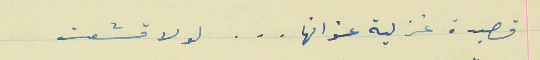
قصيدة غزلية عنوانها . . . لولا قشعت